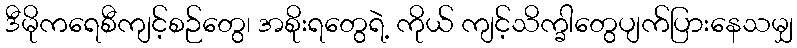
ဒီမိုကရေစီကျင့်စဉ်တွေ၊ အစိုးရတွေရဲ့ ကိုယ် ကျင့်သိက္ခါတွေပျက်ပြားနေသမျှ